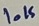
Text: 10K